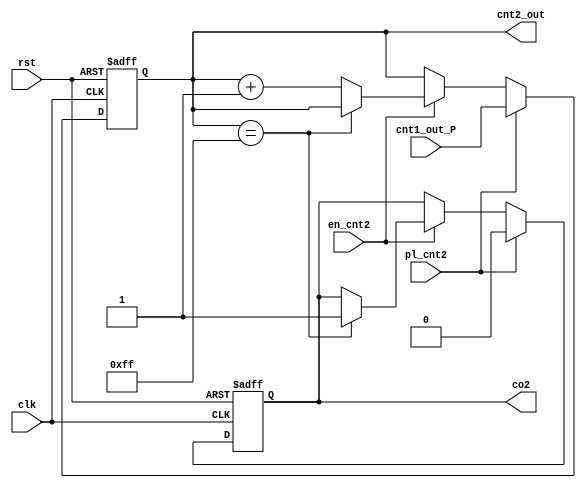
`timescale 1ns/1ps


module counter_2 (
    input clk,
    input rst,
    input en_cnt2,
    input pl_cnt2,
    input [7:0] cnt1_out_P,
    output reg [7:0] cnt2_out,
    output reg co2
);


always @(posedge clk, posedge rst) begin
    if (rst) begin
        cnt2_out <= 8'd0;
        co2 <= 1'b0;
    end
    else if (pl_cnt2) begin
        cnt2_out <= cnt1_out_P;
        co2 <= 1'b0;
    end
    else if (en_cnt2) begin
        if (cnt2_out == 8'd255) begin
            co2 <= 1'b1;
            //cnt2_out <= 8'd0;
        end
        else begin
            cnt2_out <= cnt2_out + 1'b1;
        end
    end
end
    
endmodule